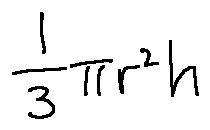
\frac { 1 } { 3 } \pi r ^ { 2 } h